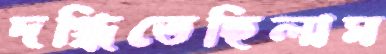
দগ্ধিতেছিলাম